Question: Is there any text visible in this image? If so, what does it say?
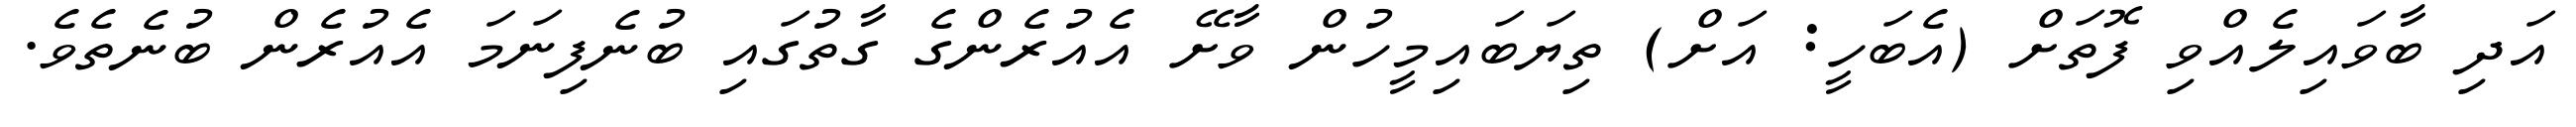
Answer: އަދި ބާވައިލެއްވި ފޮތަށް (އެބަހީ: އަށް) ތިޔަބައިމީހުން ވާށޭ އެއުރެންގެ ގާތުގައި ބުނެފިނަމަ އެއުރެން ބުނެތެވެ.